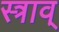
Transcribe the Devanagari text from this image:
स्त्राव्